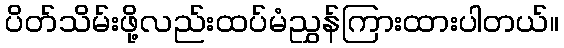
ပိတ်သိမ်းဖို့လည်းထပ်မံညွှန်ကြားထားပါတယ်။